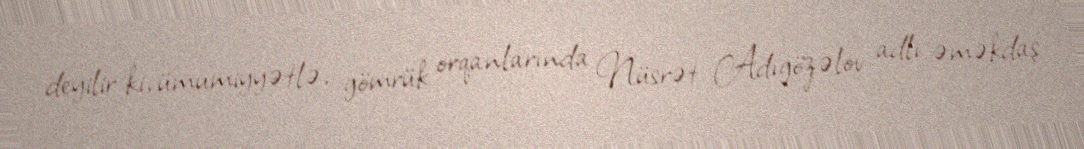
deyilir ki, ümumiyyətlə, gömrük orqanlarında Nüsrət Adıgözəlov adlı əməkdaş